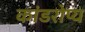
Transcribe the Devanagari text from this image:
कांडरोप्य